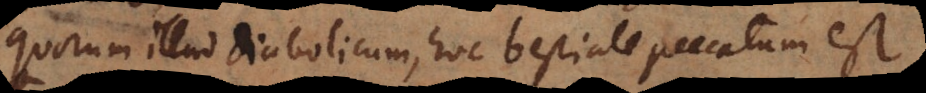
quorum illud diabolicum, hoc bestiale peccatum est,